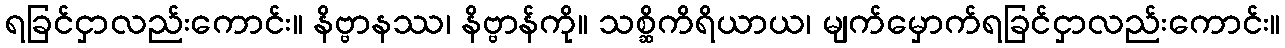
ရခြင်ငှာလည်းကောင်း။ နိဗ္ဗာနဿ၊ နိဗ္ဗာန်ကို။ သစ္ဆိကိရိယာယ၊ မျက်မှောက်ရခြင်ငှာလည်းကောင်း။